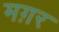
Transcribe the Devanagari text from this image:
मग़र